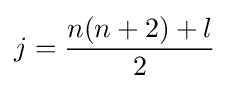
j={\frac {n(n+2)+l}{2}}